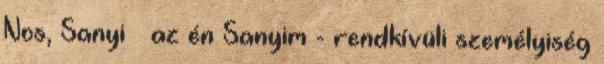
Nos, Sanyi – az én Sanyim - rendkívüli személyiség